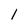
Character: l